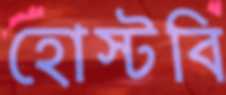
হোস্টবি